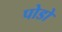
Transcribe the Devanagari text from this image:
पोडो